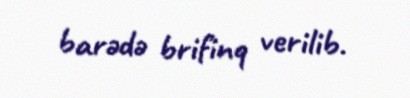
barədə brifinq verilib.